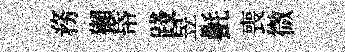
務獺帋踐昱㲲喪微